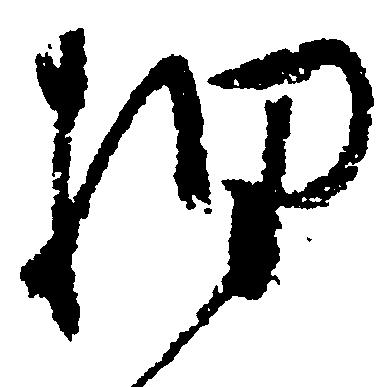
押